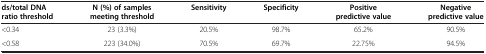
<table><thead><tr><td><b>ds/total DNA ratio threshold</b></td><td><b>N (%) of samples meeting threshold</b></td><td><b>Sensitivity</b></td><td><b>Specificity</b></td><td><b>Positive predictive value</b></td><td><b>Negative predictive value</b></td></tr></thead><tbody><tr><td>&lt;0.34</td><td>23 (3.3%)</td><td>20.5%</td><td>98.7%</td><td>65.2%</td><td>90.5%</td></tr><tr><td>&lt;0.58</td><td>223 (34.0%)</td><td>70.5%</td><td>69.7%</td><td>22.75%</td><td>94.5%</td></tr></tbody></table>